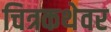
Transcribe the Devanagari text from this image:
चित्रकथेवर